Report on plague in the Punjab from October 1st ... to September 30th ..., being the ... season of plague in the province
Disease focus: Plague
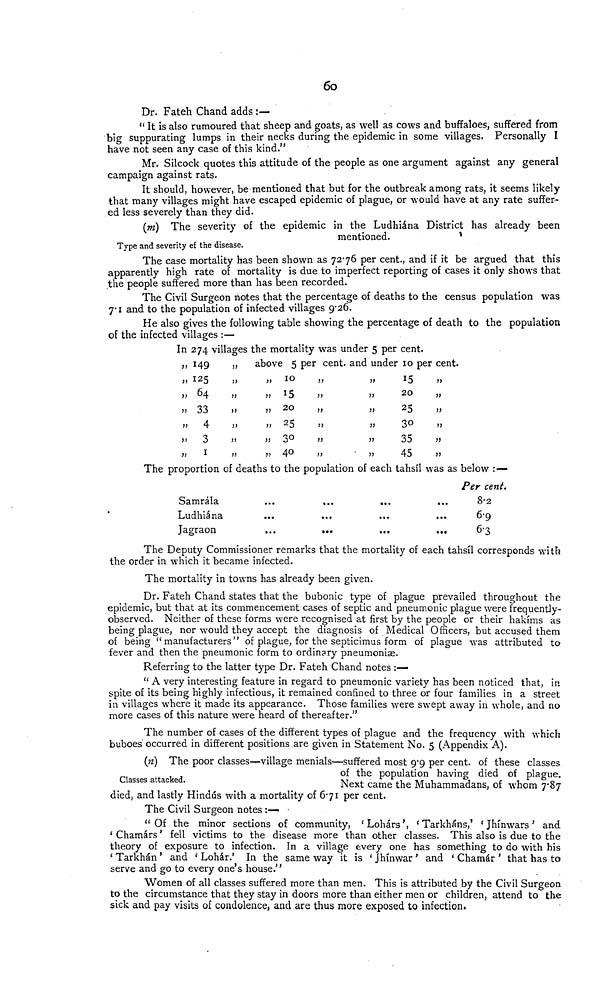
6o
Dr. Fateh Chand adds :-
" It is also rumoured that sheep and goats, as well as cows and buffaloes, suffered from
big suppurating lumps in their necks during the epidemic in some villages. Personally I
have not seen any case of this kind."
Mr. Silcock quotes this attitude of the people as one argument against any general
campaign against rats.
It should, however, be mentioned that but for the outbreak among rats, it seems likely
that many villages might have escaped epidemic of plague, or would have at any rate suffer-
ed less severely than they did.
Type and severity ef the disease.
(ni) The severity of the epidemic in the Ludhiána District has already been
mentioned.
The case mortality has been shown as 7270 per cent., and if it be argued that this
apparently high rate of mortality is due to imperfect reporting of cases it only shows that
the people suffered more than has been recorded.
The Civil Surgeon notes that the percentage of deaths to the census population was
7.1 and to the population of infected villages 9.26.
He also gives the following table showing the percentage of death to the population
of the infected villages :—
In 274 villages the mortality was under 5 per cent.
"
)>
"
"
"
"
"
149
125
64
33
4
3
1
"
>>
"
above 5 per cent. and under 10 per cent.
>>
"
"
"
"
"
10
15
20
25
3°4
0
"
"
"
"
"
"
"
"
"
"
"
"
20
25
30
35
45
"
"
"
"
"
"
The proportion of deaths to the population of each tahsil was as below :—
Samrála
Ludhiána
Jagraon
••«
•••
...
...
•••
...
Per cent.
8.2
6.9
6.3
The Deputy Commissioner remarks that the mortality of each tahsil corresponds with
the order in which it became infected.
The mortality in towns has already been given.
Dr. Fateh Chand states that the bubonic type of plague prevailed throughout the
epidemic, but that at its commencement cases of septic and pneumonic plague were frequently-
observed. Neither of these forms were recognised at first by the people or their hakims as
being plague, nor would they accept the diagnosis of Medical Officers, but accused them
of being " manufacturers" of plague, for the septicimus form of plague was attributed to
fever and then the pneumonic form to ordinary pneumoni
.
Referring to the latter type Dr. Fateh Chand notes :—
u A very interesting feature in regard to pneumonic variety has been noticed that, in
spite of its being highly infectious, it remained confined to three or four families in a street
in villages where it made its appearance. Those families were swept away in whole, and no
more cases of this nature were heard of thereafter."
The number of cases of the different types of plague and the frequency with which
buboes occurred in different positions are given in Statement No. 5 (Appendix A).
Classes attacked.
(;z) The poor classes—village menials—suffered most 9.9 per cent, of these classes
of the population having died of plague.
Next came the Muhammadans, of whom 7.87
died, and lastly Hindus with a mortality of 6-71 per cent.
The Civil Surgeon notes :—
" Of the minor sections of community, 'Lohárs', ' Tarkháns,' ' Jhinwars ' and
'Chamárs ' fell victims to the disease more than other classes. This also is due to the
theory of exposure to infection. In a village every one has something to do with his
' Tarkhán ' and ' Lohár.' In the same way it is ' Jhinwar ' and 'Chamar ' that has to
serve and go to every one's house."
Women of all classes suffered more than men. This is attributed by the Civil Surgeon
to the circumstance that they stay in doors more than either men or children, attend to the
sick and pay visits of condolence, and are thus more exposed to infection.